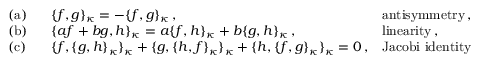
\begin{array} { l l l } { { \mathrm { ( a ) ~ ~ } } } & { { \{ f , g \} _ { \kappa } = - \{ f , g \} _ { \kappa } \, , } } & { { \mathrm { a n t i s y m m e t r y \, , } } } \\ { { \mathrm { ( b ) ~ ~ } } } & { { \{ a f + b g , h \} _ { \kappa } = a \{ f , h \} _ { \kappa } + b \{ g , h \} _ { \kappa } \, , ~ ~ ~ } } & { { \mathrm { l i n e a r i t y \, , } } } \\ { { \mathrm { ( c ) ~ ~ } } } & { { \{ f , \{ g , h \} _ { \kappa } \} _ { \kappa } + \{ g , \{ h , f \} _ { \kappa } \} _ { \kappa } + \{ h , \{ f , g \} _ { \kappa } \} _ { \kappa } = 0 \, , } } & { { \mathrm { J a c o b i ~ i d e n t i t y } } } \end{array}